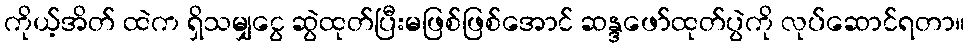
ကိုယ့်အိတ် ထဲက ရှိသမျှငွေ ဆွဲထုတ်ပြီးမဖြစ်ဖြစ်အောင် ဆန္ဒဖော်ထုတ်ပွဲကို လုပ်ဆောင်ရတာ။